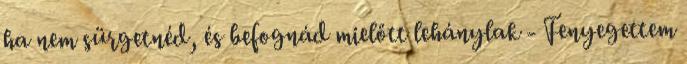
ha nem sürgetnéd, és befognád mielőtt lehánylak - Fenyegettem